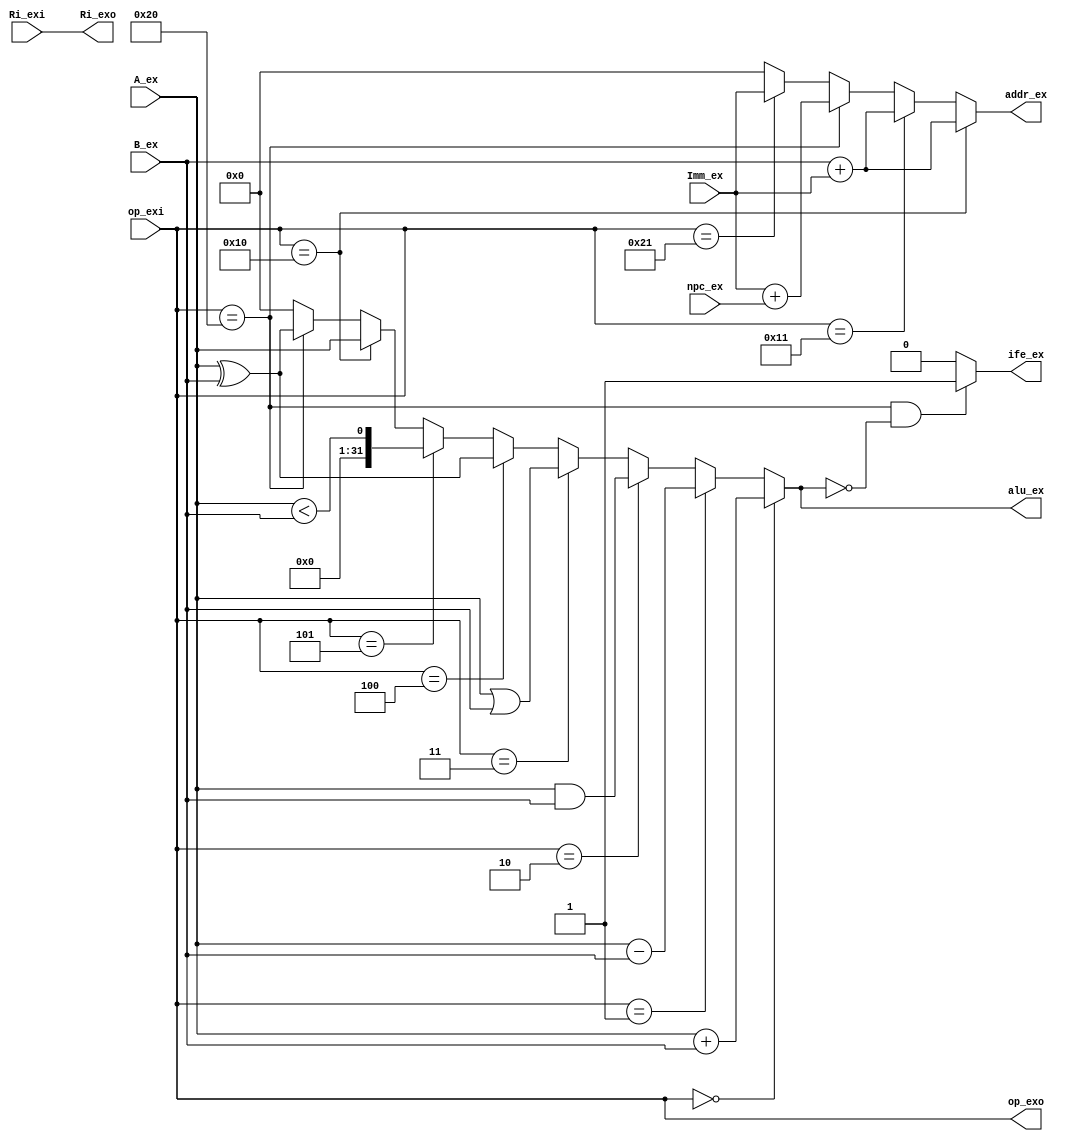
`timescale 1ns / 1ps
//////////////////////////////////////////////////////////////////////////////////
// Company: 
// Engineer: 
// 
// Design Name: 
// Module Name:    alu 
// Project Name: 
// Target Devices: 
// Tool versions: 
// Description: 
//
// Dependencies: 
//
// Revision: 
// Revision 0.01 - File Created
// Additional Comments: 
//
//////////////////////////////////////////////////////////////////////////////////
module alu(op_exi,op_exo,npc_ex,Ri_exi,A_ex,B_ex,Imm_ex,Ri_exo,ife_ex,alu_ex,addr_ex);
input  [5:0] op_exi;
output [5:0] op_exo;
input  [31:0]npc_ex;
input  [4:0] Ri_exi;
input  [31:0]A_ex;
input  [31:0]B_ex;
input  [31:0]Imm_ex;
output [4:0] Ri_exo;
output       ife_ex;
output [31:0]alu_ex;
output [31:0]addr_ex;

wire [4:0] Ri_exo;
wire [31:0]alu_ex;
wire [31:0]addr_ex;
wire       ife_ex;

assign Ri_exo  = Ri_exi;
assign alu_ex  = op_exi == 6'b000000 ? A_ex + B_ex:
				 op_exi == 6'b000001 ? A_ex - B_ex:
				 op_exi == 6'b000010 ? A_ex & B_ex:
				 op_exi == 6'b000011 ? A_ex | B_ex:
				 op_exi == 6'b000100 ? A_ex ^ B_ex:
				 op_exi == 6'b000101 ? (A_ex < B_ex): //STL
				 op_exi == 6'b010000 ? A_ex:       //SW
				 op_exi == 6'b100000 ? A_ex^B_ex:     //BEQ 
				 32'h0000_0000;
				 
assign addr_ex = op_exi == 6'b010000 ? B_ex + Imm_ex: //SW      
				 op_exi == 6'b010001 ? B_ex + Imm_ex: //LW
				 op_exi == 6'b100000 ? Imm_ex+npc_ex: //BEQ 
				 op_exi == 6'b100001 ? Imm_ex:     //JMP
                 32'h0000_0000;
assign ife_ex  = (op_exi==6'b100000 && alu_ex==0) ? 1:0;//BEQ
assign op_exo  = op_exi;
endmodule